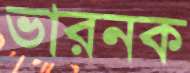
ভারনক